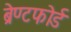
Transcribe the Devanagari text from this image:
ब्रेण्टफोर्ड